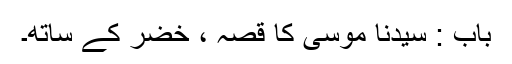
باب : سیدنا موسیٰؑ کا قصہ ، خضرؑ کے ساتھ۔